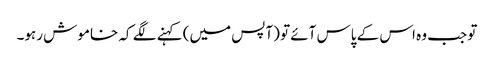
تو جب وہ اس کے پاس آئے تو (آپس میں) کہنے لگے کہ خاموش رہو۔